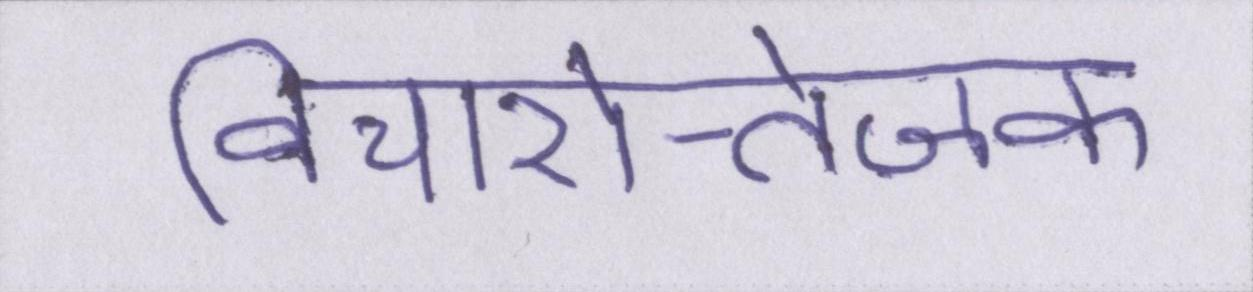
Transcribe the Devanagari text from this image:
विचारोत्तेजक